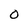
Character: 0